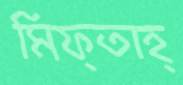
মিফ্তাহ্